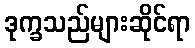
ဒုက္ခသည်များဆိုင်ရာ